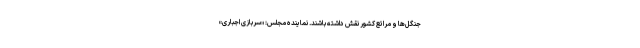
جنگل‌ها و مراتع کشور نقش داشته باشند. نماینده مجلس: «سربازی اجباری»